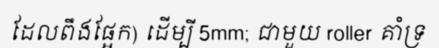
ដែលពឹងផ្អែក) ដើម្បី 5mm; ជាមួយ roller គាំទ្រ